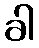
ခါ